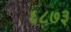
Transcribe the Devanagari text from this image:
६८७३